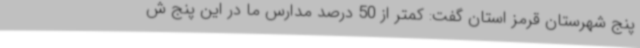
پنج شهرستان قرمز استان گفت: کمتر از 50 درصد مدارس ما در این پنج ش